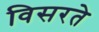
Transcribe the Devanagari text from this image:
विसरते